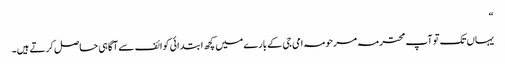
“
یہاں تک تو آپ محترمہ مرحومہ امی جی کے بارے میں کچھ ابتدائی کوائف سے آگاہی حاصل کرتے ہیں۔